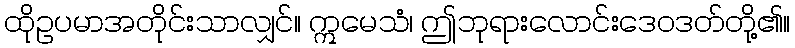
ထိုဥပမာအတိုင်းသာလျှင်။ ဣမေသံ၊ ဤဘုရားလောင်းဒေဝဒတ်တို့၏။